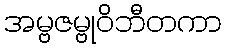
အမ္ဗဇမ္ဗုဝိဘီတကာ